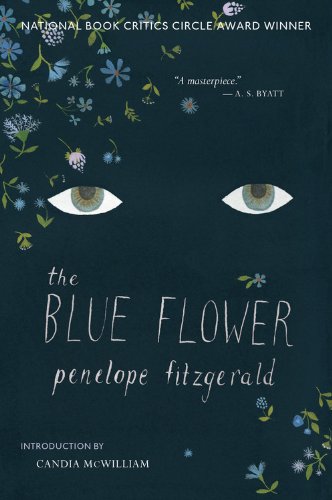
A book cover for The Blue Flower: A Novel; Penelope Fitzgerald; Literature & Fiction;